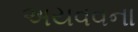
અયવવના